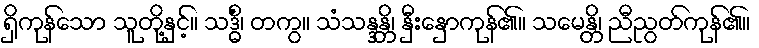
ရှိကုန်သော သူတို့နှင့်။ သဒ္ဓိံ၊ တကွ။ သံသန္ဒန္တိ၊ နှီးနှောကုန်၏။ သမေန္တိ၊ ညီညွတ်ကုန်၏။